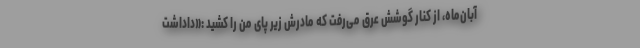
آبان‌ماه، از کنار گوشش عرق می‌رفت که مادرش زیر پای من را کشید :«داداشت